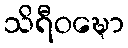
သိရီဝဍ္ဎော